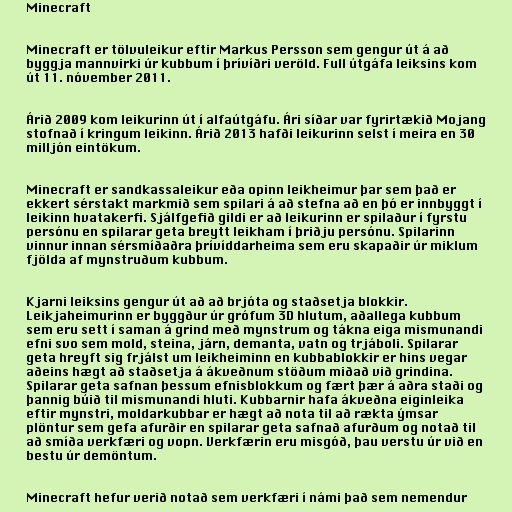
Minecraft

Minecraft er tölvuleikur eftir Markus Persson sem gengur út á að
byggja mannvirki úr kubbum í þrívíðri veröld. Full útgáfa leiksins kom
út 11. nóvember 2011.

Árið 2009 kom leikurinn út í alfaútgáfu. Ári síðar var fyrirtækið Mojang
stofnað í kringum leikinn. Árið 2013 hafði leikurinn selst í meira en 30
milljón eintökum.

Minecraft er sandkassaleikur eða opinn leikheimur þar sem það er
ekkert sérstakt markmið sem spilari á að stefna að en þó er innbyggt í
leikinn hvatakerfi. Sjálfgefið gildi er að leikurinn er spilaður í fyrstu
persónu en spilarar geta breytt leikham í þriðju persónu. Spilarinn
vinnur innan sérsmíðaðra þrívíddarheima sem eru skapaðir úr miklum
fjölda af mynstruðum kubbum.

Kjarni leiksins gengur út að að brjóta og staðsetja blokkir.
Leikjaheimurinn er byggður úr grófum 3D hlutum, aðallega kubbum
sem eru sett í saman á grind með mynstrum og tákna eiga mismunandi
efni svo sem mold, steina, járn, demanta, vatn og trjáboli. Spilarar
geta hreyft sig frjálst um leikheiminn en kubbablokkir er hins vegar
aðeins hægt að staðsetja á ákveðnum stöðum miðað við grindina.
Spilarar geta safnan þessum efnisblokkum og fært þær á aðra staði og
þannig búið til mismunandi hluti. Kubbarnir hafa ákveðna eiginleika
eftir mynstri, moldarkubbar er hægt að nota til að rækta ýmsar
plöntur sem gefa afurðir en spilarar geta safnað afurðum og notað til
að smíða verkfæri og vopn. Verkfærin eru misgóð, þau verstu úr við en
bestu úr demöntum.

Minecraft hefur verið notað sem verkfæri í námi það sem nemendur